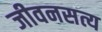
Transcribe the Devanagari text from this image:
जीवनसत्य